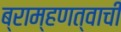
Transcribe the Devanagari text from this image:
ब्राम्हणत्वाची